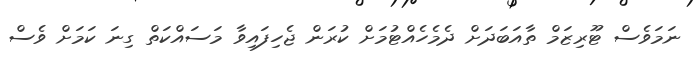
ނަމަވެސް ޓޫރިޒަމް ތާއަބަދަށް ދެމެހެއްޓުމަށް ކުރަން ޖެހިފައިވާ މަސައްކަތް ގިނަ ކަމަށް ވެސް